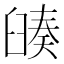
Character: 𦦅